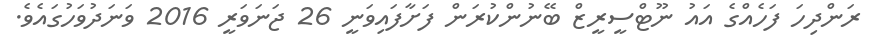
ރަންދިހަ ފަހެއްގެ އައު ނޫޓްސީރީޒް ބޭނުންކުރަން ފަށާފައިވަނީ 26 ޖަނަވަރީ 2016 ވަނަދުވަހުގައެވެ.